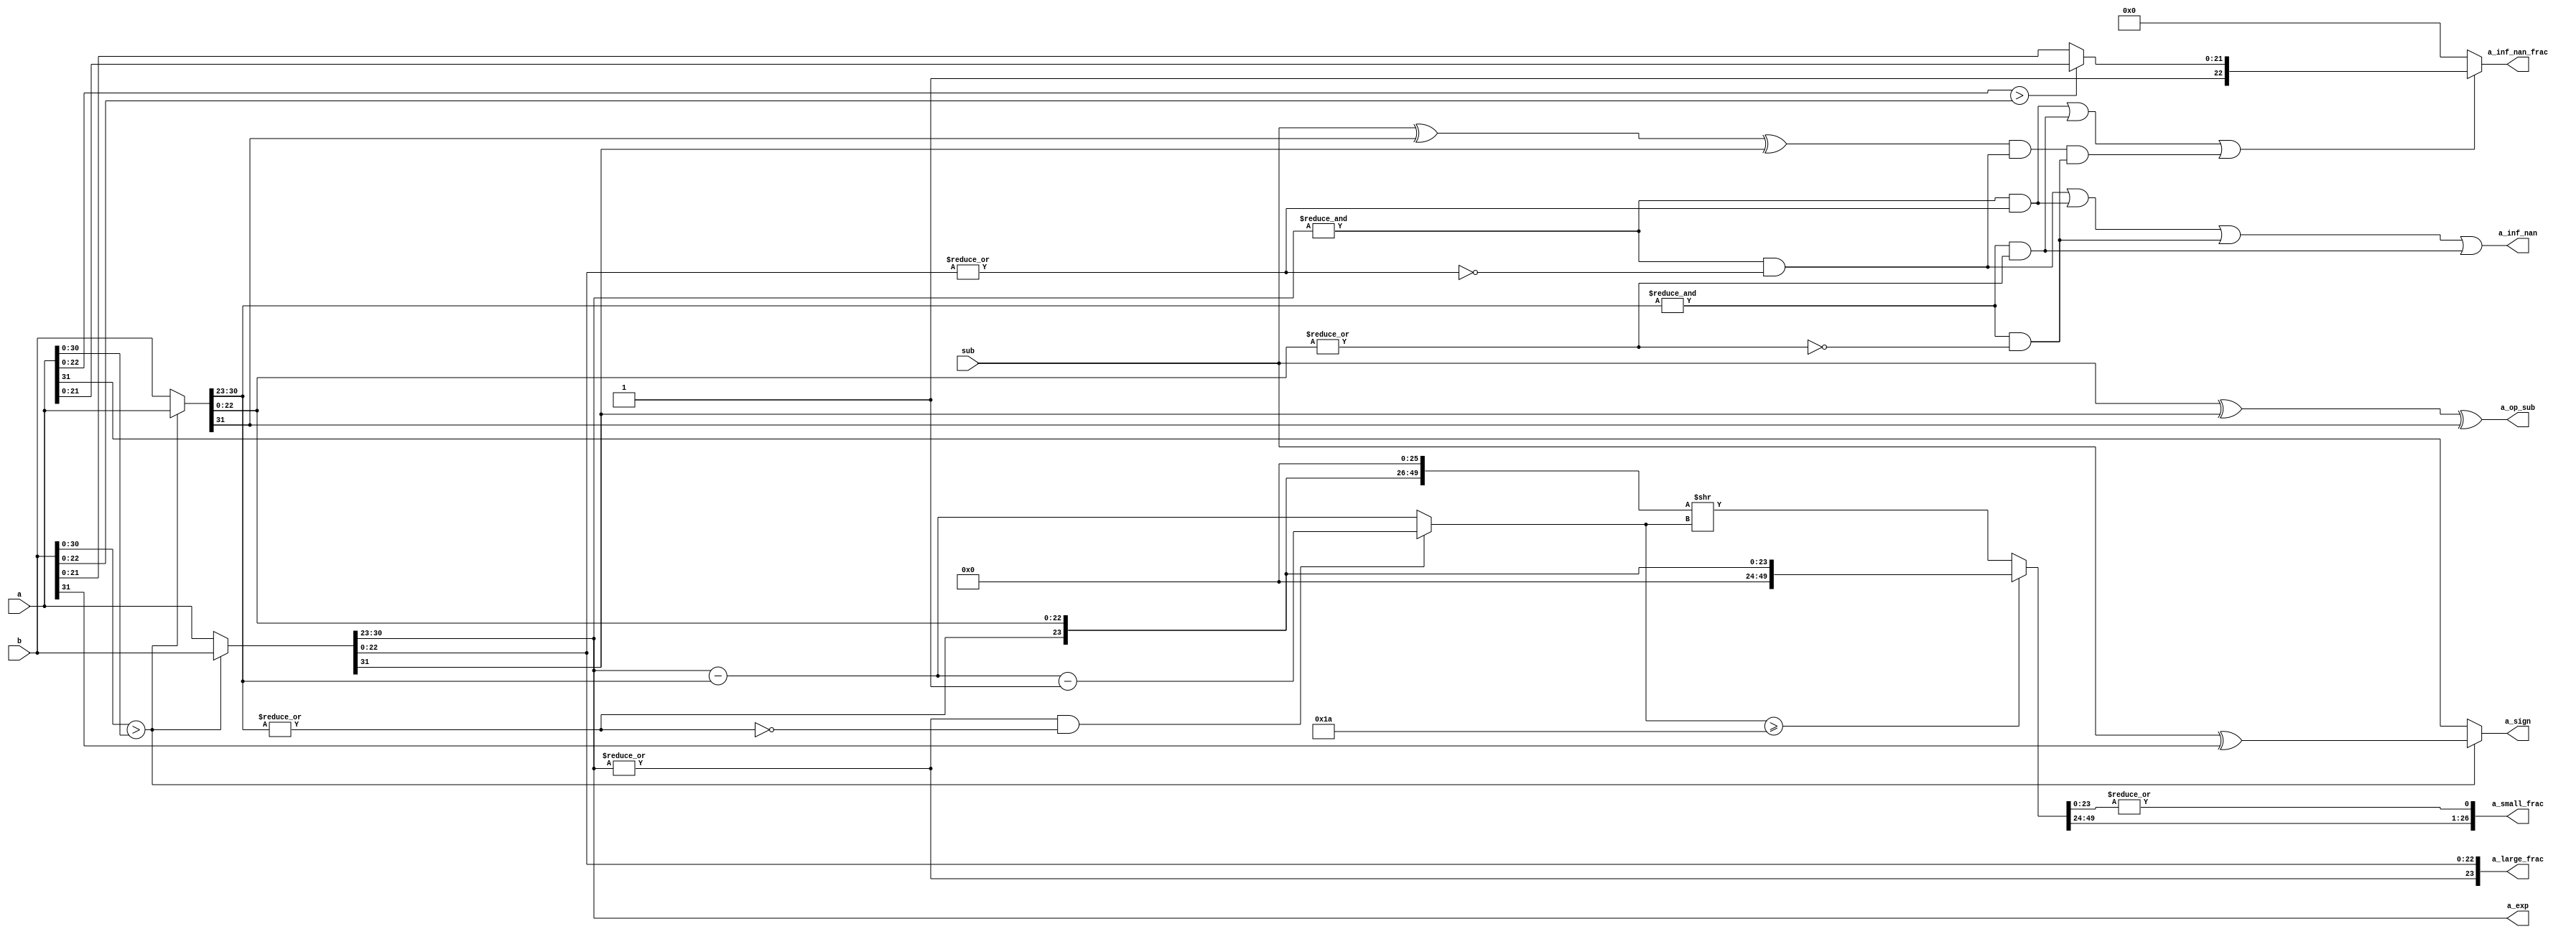
module float_adder_pipe_align(a,b,sub,a_inf_nan,a_inf_nan_frac,a_sign,a_exp,a_op_sub,a_large_frac,a_small_frac);
    input [31:0] a,b;
    input sub;
    output a_inf_nan,a_sign,a_op_sub;
    output [23:0] a_large_frac;
    output [26:0] a_small_frac;
    output [22:0] a_inf_nan_frac;
    output [7:0] a_exp;

wire exchange=({1'b0,b[30:0]}>{1'b0,a[30:0]});
    wire [31:0] fp_large=exchange?b:a;
    wire [31:0] fp_small=exchange?a:b;                  //exchange a and b, bit 31 sign;bit 30-23 exponent;bit 22-0 fraction
    wire fp_large_hidden_bit=|fp_large[30:23];
    wire fp_small_hidden_bit=|fp_small[30:23];          //formation of hidden bit
    wire [23:0] a_large_frac={fp_large_hidden_bit,fp_large[22:0]};
    wire [23:0] small_frac24={fp_small_hidden_bit,fp_small[22:0]};
    wire [7:0] a_exp=fp_large[30:23];
    wire a_sign=exchange?sub^b[31]:a[31];                 //decide the sign of the calculation result
    wire a_op_sub=sub^fp_large[31]^fp_small[31];

    //take care of NaN and Inf
    wire fp_large_expo_is_ff=&fp_large[30:23];          //exponent = ff
    wire fp_small_expo_is_ff=&fp_small[30:23];
    wire fp_large_frac_is_00=~|fp_large[22:0];           //fraction = 00
    wire fp_small_frac_is_00=~|fp_small[22:0];
    wire fp_large_is_inf=fp_large_expo_is_ff&fp_large_frac_is_00;   //decide a and b is inf or not
    wire fp_small_is_inf=fp_small_expo_is_ff&fp_small_frac_is_00;
    wire fp_large_is_nan=fp_large_expo_is_ff&~fp_large_frac_is_00;  //decide a and b is NaN or no
    wire fp_small_is_nan=fp_small_expo_is_ff&~fp_small_frac_is_00;
    wire a_inf_nan=fp_large_is_inf|fp_large_is_nan|fp_small_is_inf|fp_small_is_nan;
    wire s_is_nan=fp_large_is_nan|fp_small_is_nan|((sub^fp_small[31]^fp_large[31])&fp_large_is_inf&fp_small_is_inf);
    wire [22:0] nan_frac=({1'b0,a[22:0]}>{1'b0,b[22:0]})?{1'b1,a[21:0]}:{1'b1,b[21:0]};
    wire [22:0] a_inf_nan_frac=s_is_nan?nan_frac:23'h0;

    //shift the fraction of small float point number
    wire [7:0] exp_diff=fp_large[30:23]-fp_small[30:23];
    wire small_den_only=(|fp_large[30:23])&(~|fp_small[30:23]);
    wire [7:0] shift_amount=small_den_only?exp_diff-8'h1:exp_diff;
    wire [49:0] small_frac50=(shift_amount>=26)?{26'h0,small_frac24}:{small_frac24,26'h0}>>shift_amount; //shift the small one
    wire [26:0] a_small_frac={small_frac50[49:24],|small_frac50[23:0]};                              //formation of GRS bits
    
endmodule